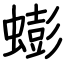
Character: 蟛